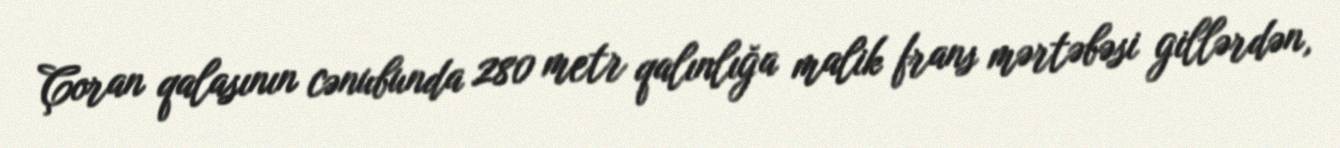
Çoran qalasının cənubunda 280 metr qalınlığa malik frans mərtəbəsi gillərdən,